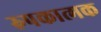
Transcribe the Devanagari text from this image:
रुपकात्मक